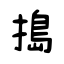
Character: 搗